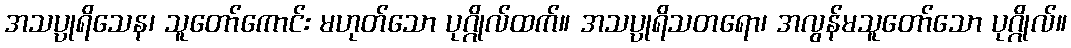
အသပ္ပုရိသေန၊ သူတော်ကောင်း မဟုတ်သော ပုဂ္ဂိုလ်ထက်။ အသပ္ပုရိသတရော၊ အလွန်မသူတော်သော ပုဂ္ဂိုလ်။